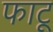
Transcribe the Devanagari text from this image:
फाटू